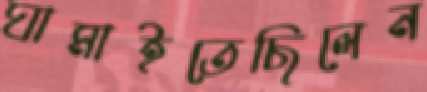
ঘামাইতেছিলেন